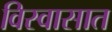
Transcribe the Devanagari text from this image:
विस्वासात